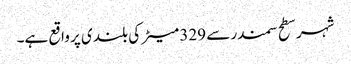
شہر سطح سمندر سے 329 میٹر کی بلندی پر واقع ہے۔